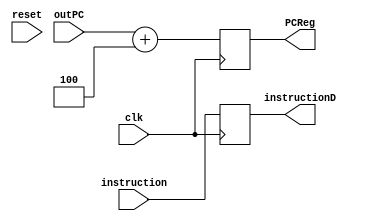
module IFtoIDReg(instruction,
                 instructionD,
                 clk,
                 reset,
                 PCReg,
                 outPC);
    input [31:0] instruction;
    input [31:0] outPC;
    input clk;
    input reset;
    
    output reg [31:0] instructionD;
    output reg [31:0] PCReg;
    
    
    always @(negedge clk) begin
        
        #0.01 instructionD <= instruction;
        PCReg        <= outPC+32'd4;  //leads to the next instruction

    end
    
endmodule